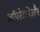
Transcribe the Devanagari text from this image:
ऑपरेटरोंऔर